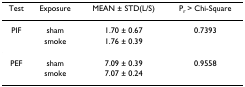
<table><thead><tr><td><b>Test</b></td><td><b>Exposure</b></td><td><b>MEAN ± STD(L/S)</b></td><td><b>P<sub>r </sub>&gt; Chi-Square</b></td></tr></thead><tbody><tr><td>PIF</td><td>sham</td><td>1.70 ± 0.67</td><td>0.7393</td></tr><tr><td></td><td>smoke</td><td>1.76 ± 0.39</td><td></td></tr><tr><td>PEF</td><td>sham</td><td>7.09 ± 0.39</td><td>0.9558</td></tr><tr><td></td><td>smoke</td><td>7.07 ± 0.24</td><td></td></tr></tbody></table>